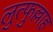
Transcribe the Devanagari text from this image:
लुत्फुल्लाह